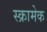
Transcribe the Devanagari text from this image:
स्क्रामेक